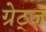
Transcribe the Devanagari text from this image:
ग्रेट्ज